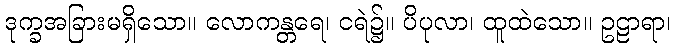
ဒုက္ခအခြားမရှိသော။ လောကန္တရေ၊ ငရဲ၌။ ပိပုလာ၊ ထူထဲသော။ ဥဠာရာ၊